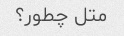
متل چطور؟